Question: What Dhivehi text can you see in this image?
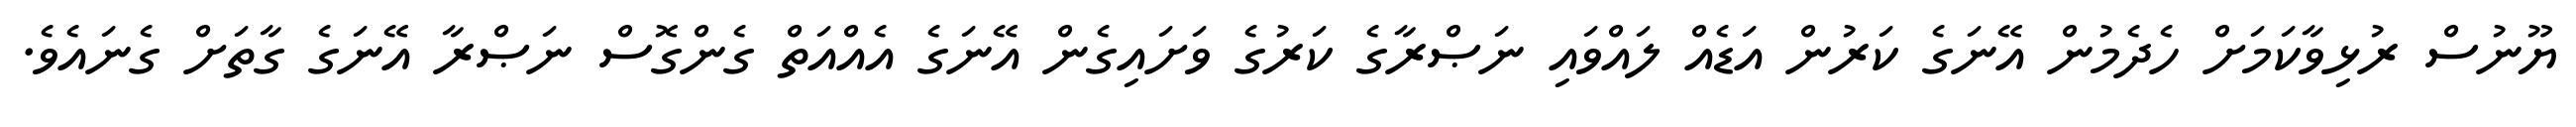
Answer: ޔޫނުސް ރުޅިވާކަމަށް ހެދެމުން އޭނަގެ ކަރުން އަޑެއް ލައްވައި ނަޞްރާގެ ކަރުގެ ވަށައިގެން އޭނަގެ އެއްއަތް ގެންގޮސް ނަޞްރާ އޭނަގެ ގާތަށް ގެނައެވެ.